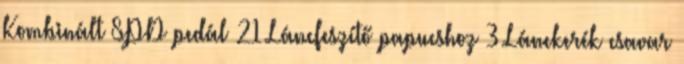
Kombinált SPD pedál 21 Láncfeszítő papucshoz 3 Lánckerék csavar